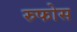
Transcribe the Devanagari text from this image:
रुफोस